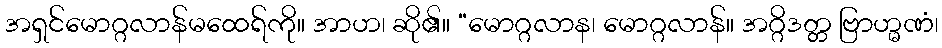
အရှင်မောဂ္ဂလာန်မထေရ်ကို။ အာဟ၊ ဆို၏။ “မောဂ္ဂလာန၊ မောဂ္ဂလာန်။ အဂ္ဂိဒတ္တ ဗြာဟ္မဏံ၊